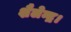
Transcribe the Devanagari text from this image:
शैलेन्द्र।